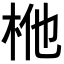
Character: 𭩬